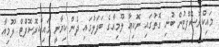
މައިކްރޮސޮފްޓުން ބުނި ގޮތުގައި ނޮކިއާ ލޫމިއާގެ ބަދަލުގައި ދެން ކިޔާނީ މައިކްރޮސޮފްޓް ލޫމިއާ